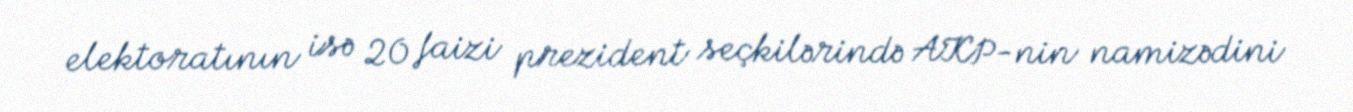
elektoratının isə 20 faizi prezident seçkilərində AKP-nin namizədini